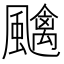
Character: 𱃎